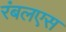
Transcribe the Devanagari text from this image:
रंबलएस